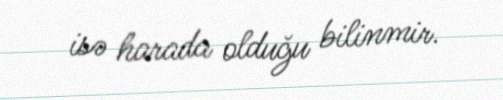
isə harada olduğu bilinmir.